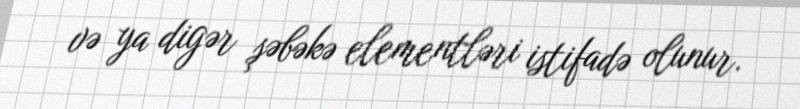
və ya digər şəbəkə elementləri istifadə olunur.